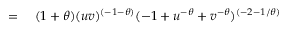
\begin{array} { r l } { = { } } & { { } ( 1 + \theta ) ( u v ) ^ { ( - 1 - \theta ) } ( - 1 + u ^ { - \theta } + v ^ { - \theta } ) ^ { ( - 2 - 1 / \theta ) } } \end{array}